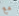
مع